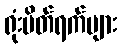
ရုံးပိတ်ရက်များ